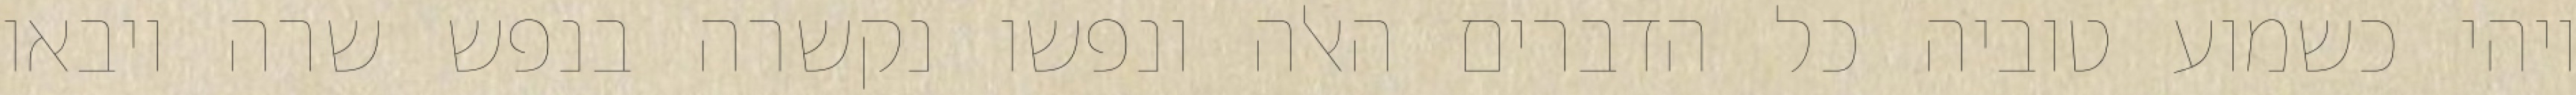
ויהי כשמוע טוביה כל הדברים האלה ונפשו נקשרה בנפש שרה ויבאו